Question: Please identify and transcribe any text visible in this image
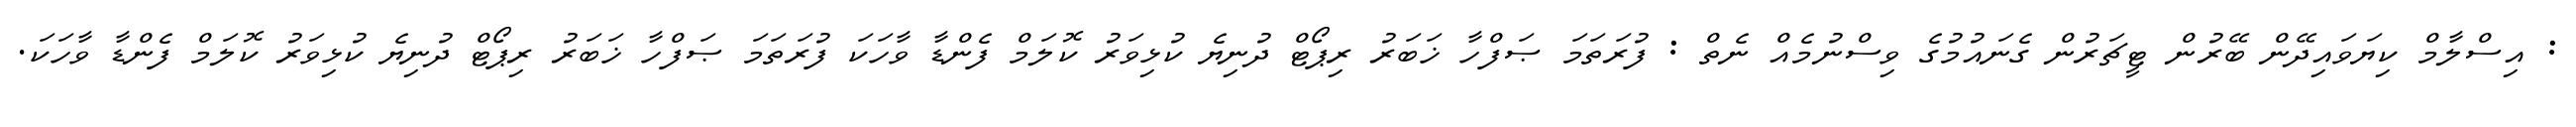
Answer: : އިސްލާމް ކިޔަވައިދޭން ބޭރުން ޓީޗަރުން ގެނައުމުގެ ވިސްނުމެއް ނެތް : ފުރަތަމަ ޞަފްހާ ޚަބަރު ރިޕޯޓް ދުނިޔެ ކުޅިވަރު ކޮލަމް ފެންޑާ ވާހަކަ ފުރަތަމަ ޞަފްހާ ޚަބަރު ރިޕޯޓް ދުނިޔެ ކުޅިވަރު ކޮލަމް ފެންޑާ ވާހަކަ.